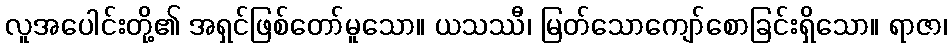
လူအပေါင်းတို့၏ အရှင်ဖြစ်တော်မူသော။ ယသဿီ၊ မြတ်သောကျော်စောခြင်းရှိသော။ ရာဇာ၊